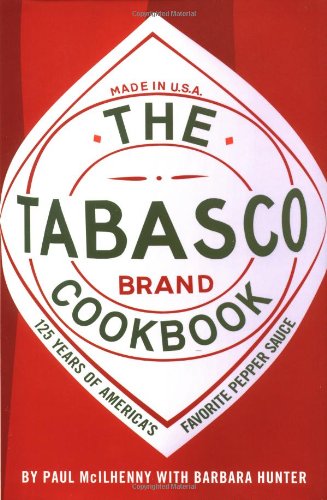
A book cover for The Tabasco Cookbook: 125 Years of America's Favorite Pepper Sauce; Paul McIlhenny; Cookbooks, Food & Wine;